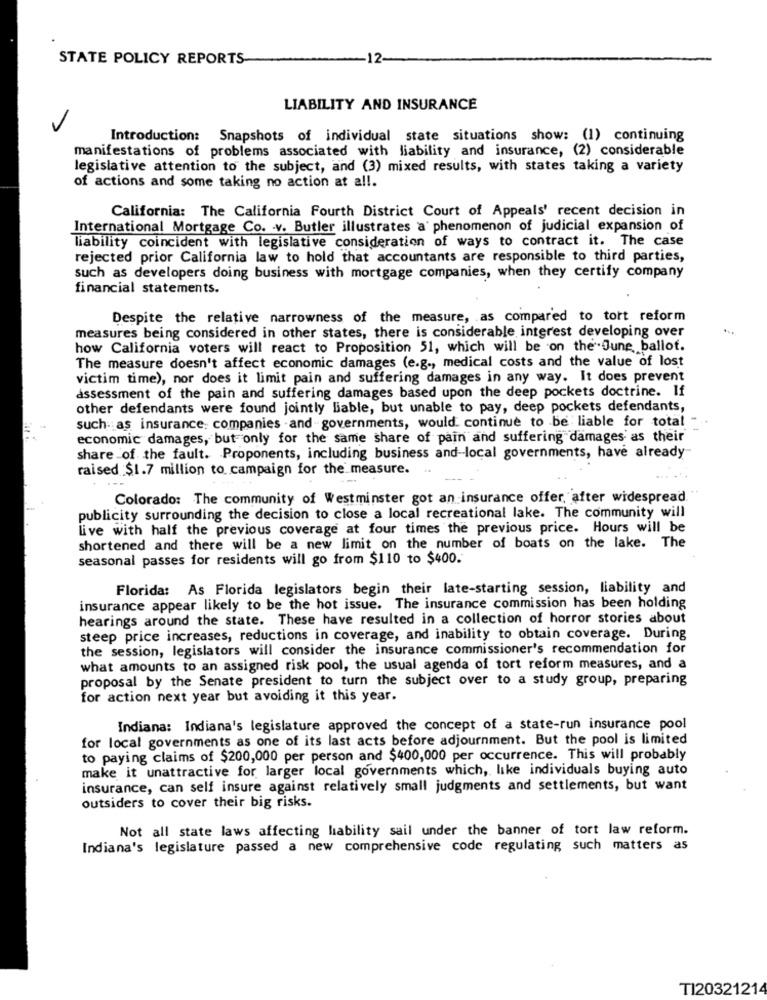
STATE POLICY REPORTS
12-
LIABILITY AND INSURANCE
Introduction: Snapshots of individual state situations show: (1) continuing
manifestations of problems associated with liability and insurance, (2) considerable
legislative attention to the subject, and (3) mixed results, with states taking a variety
of actions and some taking no action at a !!.
California: The California Fourth District Court of Appeals' recent decision in
International Mortgage Co. v. Butler illustrates a phenomenon of judicial expansion of
liability coincident with legislative consideration of ways to contract it. The case
rejected prior California law to hold that accountants are responsible to third parties,
such as developers doing business with mortgage companies, when they certify company
financial statements.
Despite the relative narrowness of the measure, as compared to tort reform
measures being considered in other states, there is considerable interest developing over
how California voters will react to Proposition 51, which will be on the".June, ballot.
The measure doesn't affect economic damages (e.g ., medical costs and the value of lost
victim time), nor does it limit pain and suffering damages in any way. It does prevent
assessment of the pain and suffering damages based upon the deep pockets doctrine. If
other defendants were found jointly liable, but unable to pay, deep pockets defendants,
such as insurance companies - and -governments, would. continue to be liable for total "
economic damages, but only for the same share of pain and suffering damages as their
share of the fault. Proponents, including business and-local governments, have already
raised $1.7 million to campaign for the measure.
Colorado: The community of Westminster got an insurance offer, after widespread
publicity surrounding the decision to close a local recreational lake. The community will
live with half the previous coverage at four times the previous price. Hours will be
shortened and there will be a new limit on the number of boats on the lake. The
seasonal passes for residents will go from $110 to $400.
Florida: As Florida legislators begin their late-starting session, liability and
insurance appear likely to be the hot issue. The insurance commission has been holding
hearings around the state. These have resulted in a collection of horror stories about
steep price increases, reductions in coverage, and inability to obtain coverage. During
the session, legislators will consider the insurance commissioner's recommendation for
what amounts to an assigned risk pool, the usual agenda of tort reform measures, and a
proposal by the Senate president to turn the subject over to a study group, preparing
for action next year but avoiding it this year.
Indiana: Indiana's legislature approved the concept of a state-run insurance pool
for local governments as one of its last acts before adjournment. But the pool is limited
to paying claims of $200,000 per person and $400,000 per occurrence. This will probably
make it unattractive for larger local governments which, like individuals buying auto
insurance, can self insure against relatively small judgments and settlements, but want
outsiders to cover their big risks.
Not all state laws affecting liability sail under the banner of tort law reform.
Indiana's legislature passed a new comprehensive code regulating such matters as
TI20321214